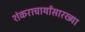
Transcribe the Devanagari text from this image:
शंकराचार्यांसारख्या